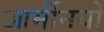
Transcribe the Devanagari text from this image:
आर्मीनयों